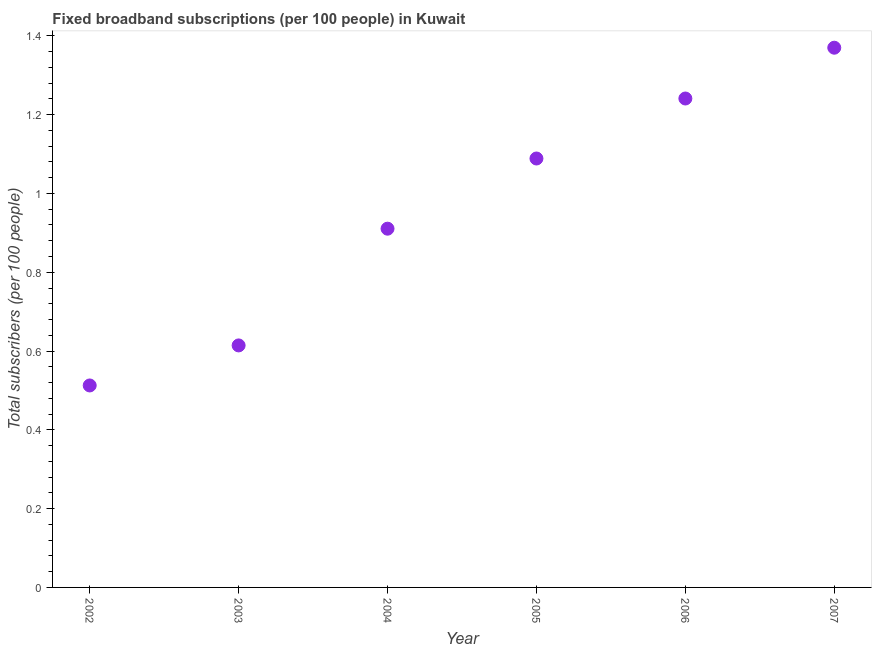
| Year | Fixed broadband subscriptions (per 100 people) |
 | --- | --- |
 | 2002 | 0.513 |
 | 2003 | 0.614 |
 | 2004 | 0.911 |
 | 2005 | 1.09 |
 | 2006 | 1.24 |
 | 2007 | 1.37 |